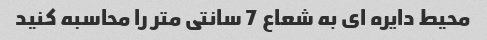
محیط دایره ای به شعاع 7 سانتی متر را محاسبه کنید